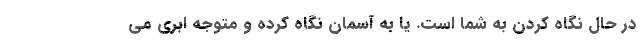
در حال نگاه کردن به شما است. یا به آسمان نگاه کرده و متوجه ابری می